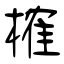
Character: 榷